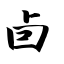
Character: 卣